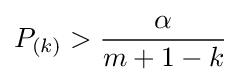
P_{(k)}>{\frac {\alpha }{m+1-k}}